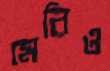
মেরিও